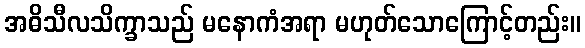
အဓိသီလသိက္ခာသည် မနောကံအရာ မဟုတ်သောကြောင့်တည်း။